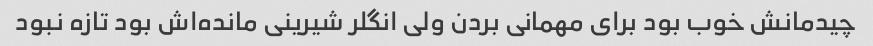
چیدمانش خوب بود برای مهمانی بردن ولی انگلر شیرینی مانده‌اش بود تازه نبود